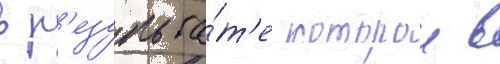
в р'езульта́т'е которои в